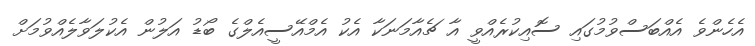
އެހެންވެ އެއްބަސްވުމުގައި ސޮއިކުރެއްވީ އާ ޗެއާމަނަކާ އެކު އެމްއޭސީއެލްގެ ބޯޑު އަލުން އެކުލަވާލެއްވުމަށް